Treatise on elephants
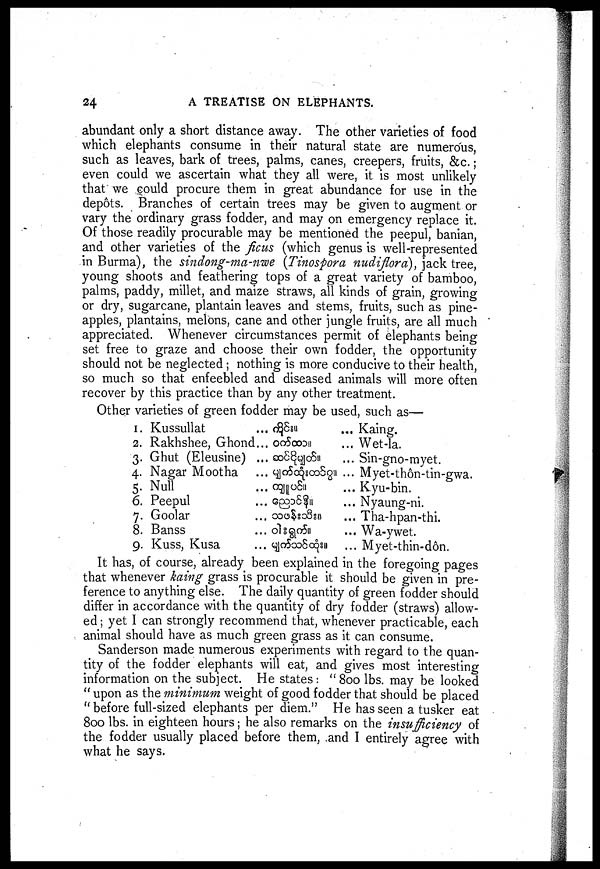
24
A TREATISE ON ELEPHANTS.
abundant only a short distance away. The other varieties of food
which elephants consume in their natural state are numerous,
such as leaves, bark of trees, palms, canes, creepers, fruits, &c.;
even could we ascertain what they all were, it is most unlikely
that we could procure them in great abundance for use in the
depots. Branches of certain trees may be given to augment or
vary the ordinary grass fodder, and may on emergency replace it.
Of those readily procurable may be mentioned the peepul, banian,
and other varieties of the ficus (which genus is well-represented
in Burma), the sindong-ma-nwe (Tinospora nudiflora), jack tree,
young shoots and feathering tops of a great variety of bamboo,
palms, paddy, millet, and maize straws, all kinds of grain, growing
or dry, sugarcane, plantain leaves and stems, fruits, such as pine-
apples, plantains, melons, cane and other jungle fruits, are all much
appreciated. Whenever circumstances permit of elephants being
set free to graze and choose their own fodder, the opportunity
should not be neglected; nothing is more conducive to their health,
so much so that enfeebled and diseased animals will more often
recover by this practice than by any other treatment.
Other varieties of green fodder may be used, such as—
I.
2.
3.
4.
5.
6.
7.
8.
9.
Kussullat
Rakhshee, Ghond...
Ghut (Eleusine) ...
Nagar Mootha
Null
Peepul
Goolar
Banss
Kuss, Kusa
...
...
...
...
...
...
...
...
...
Kaing.
Wet-la.
Sin-gno-myet.
Myet-thôn-tin-gwa.
Kyu-bin.
Nyaung-ni.
Tha-hpan-thi,
Wa-ywet.
Myet-thin-dôn.
It has, of course, already been explained in the foregoing pages
that whenever kaing grass is procurable it should be given in pre-
ference to anything else. The daily quantity of green fodder should
differ in accordance with the quantity of dry fodder (straws) allow-
ed ; yet I can strongly recommend that, whenever practicable, each
animal should have as much green grass as it can consume.
Sanderson made numerous experiments with regard to the quan-
tity of the fodder elephants will eat, and gives most interesting
information on the subject. He states : " 800 lbs. may be looked
" upon as the minimum weight of good fodder that should be placed
" before full-sized elephants per diem. " He has seen a tusker eat
800 lbs. in eighteen hours; he also remarks on the insufficiency of
the fodder usually placed before them, and I entirely agree with
what he says.